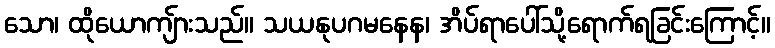
သော၊ ထိုယောကျ်ားသည်။ သယနုပဂမနေန၊ အိပ်ရာပေါ်သို့ရောက်ရခြင်းကြောင့်။